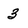
Character: 3